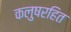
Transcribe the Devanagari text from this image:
कलुषरहित